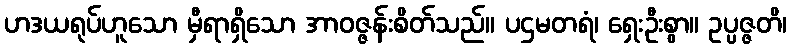
ဟဒယရုပ်ဟူသော မှီရာရှိသော အာဝဇ္ဇန်းစိတ်သည်။ ပဌမတရံ၊ ရှေးဦးစွာ။ ဥပ္ပဇ္ဇတိ၊